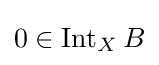
0\in \operatorname {Int} _{X}B